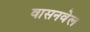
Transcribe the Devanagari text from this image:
वासनवेल